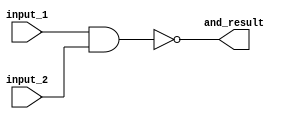
module top (input_1,
            input_2,
            and_result);
    
    input  input_1;
    input  input_2;
    output and_result;
    
    wire   and_temp;
    
    assign and_temp   = ~(input_1 & input_2);
    assign and_result = and_temp;
endmodule